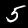
Digit: 5